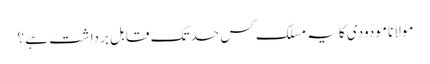
مولانا مودودی کا یہ مسلک کس حد تک قابل برداشت ہے ؟